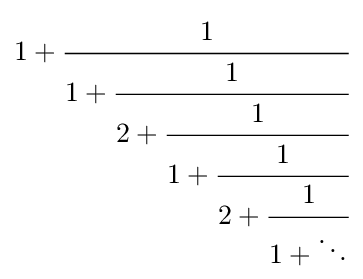
1+{\cfrac {1}{1+{\cfrac {1}{2+{\cfrac {1}{1+{\cfrac {1}{2+{\cfrac {1}{1+\ddots }}}}}}}}}}